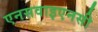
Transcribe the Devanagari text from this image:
एनसवाइएनसी